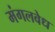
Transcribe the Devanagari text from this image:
मंगलवेध